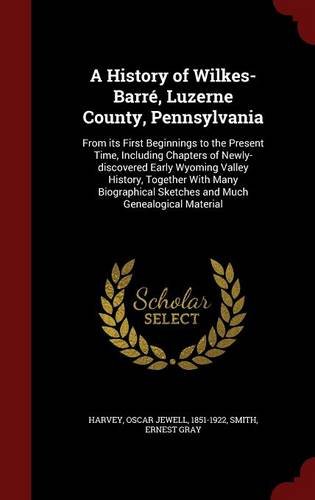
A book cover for A History of Wilkes-BarrÃ©, Luzerne County, Pennsylvania: From its First Beginnings to the Present Time, Including Chapters of Newly-discovered Early ... Sketches and Much Genealogical Material; Oscar Jewell Harvey; Reference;